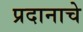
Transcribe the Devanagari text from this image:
प्रदानाचे